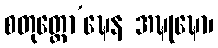
စတုတ္ထော’ဍ္ဎေန အဍ္ဎုဍ္ဎော၊